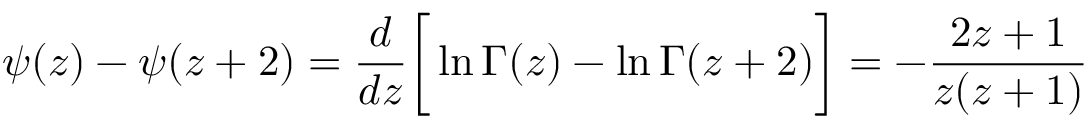
\psi ( z ) - \psi ( z + 2 ) = \frac { d } { d z } \bigg [ \ln \Gamma ( z ) - \ln \Gamma ( z + 2 ) \bigg ] = - \frac { 2 z + 1 } { z ( z + 1 ) }